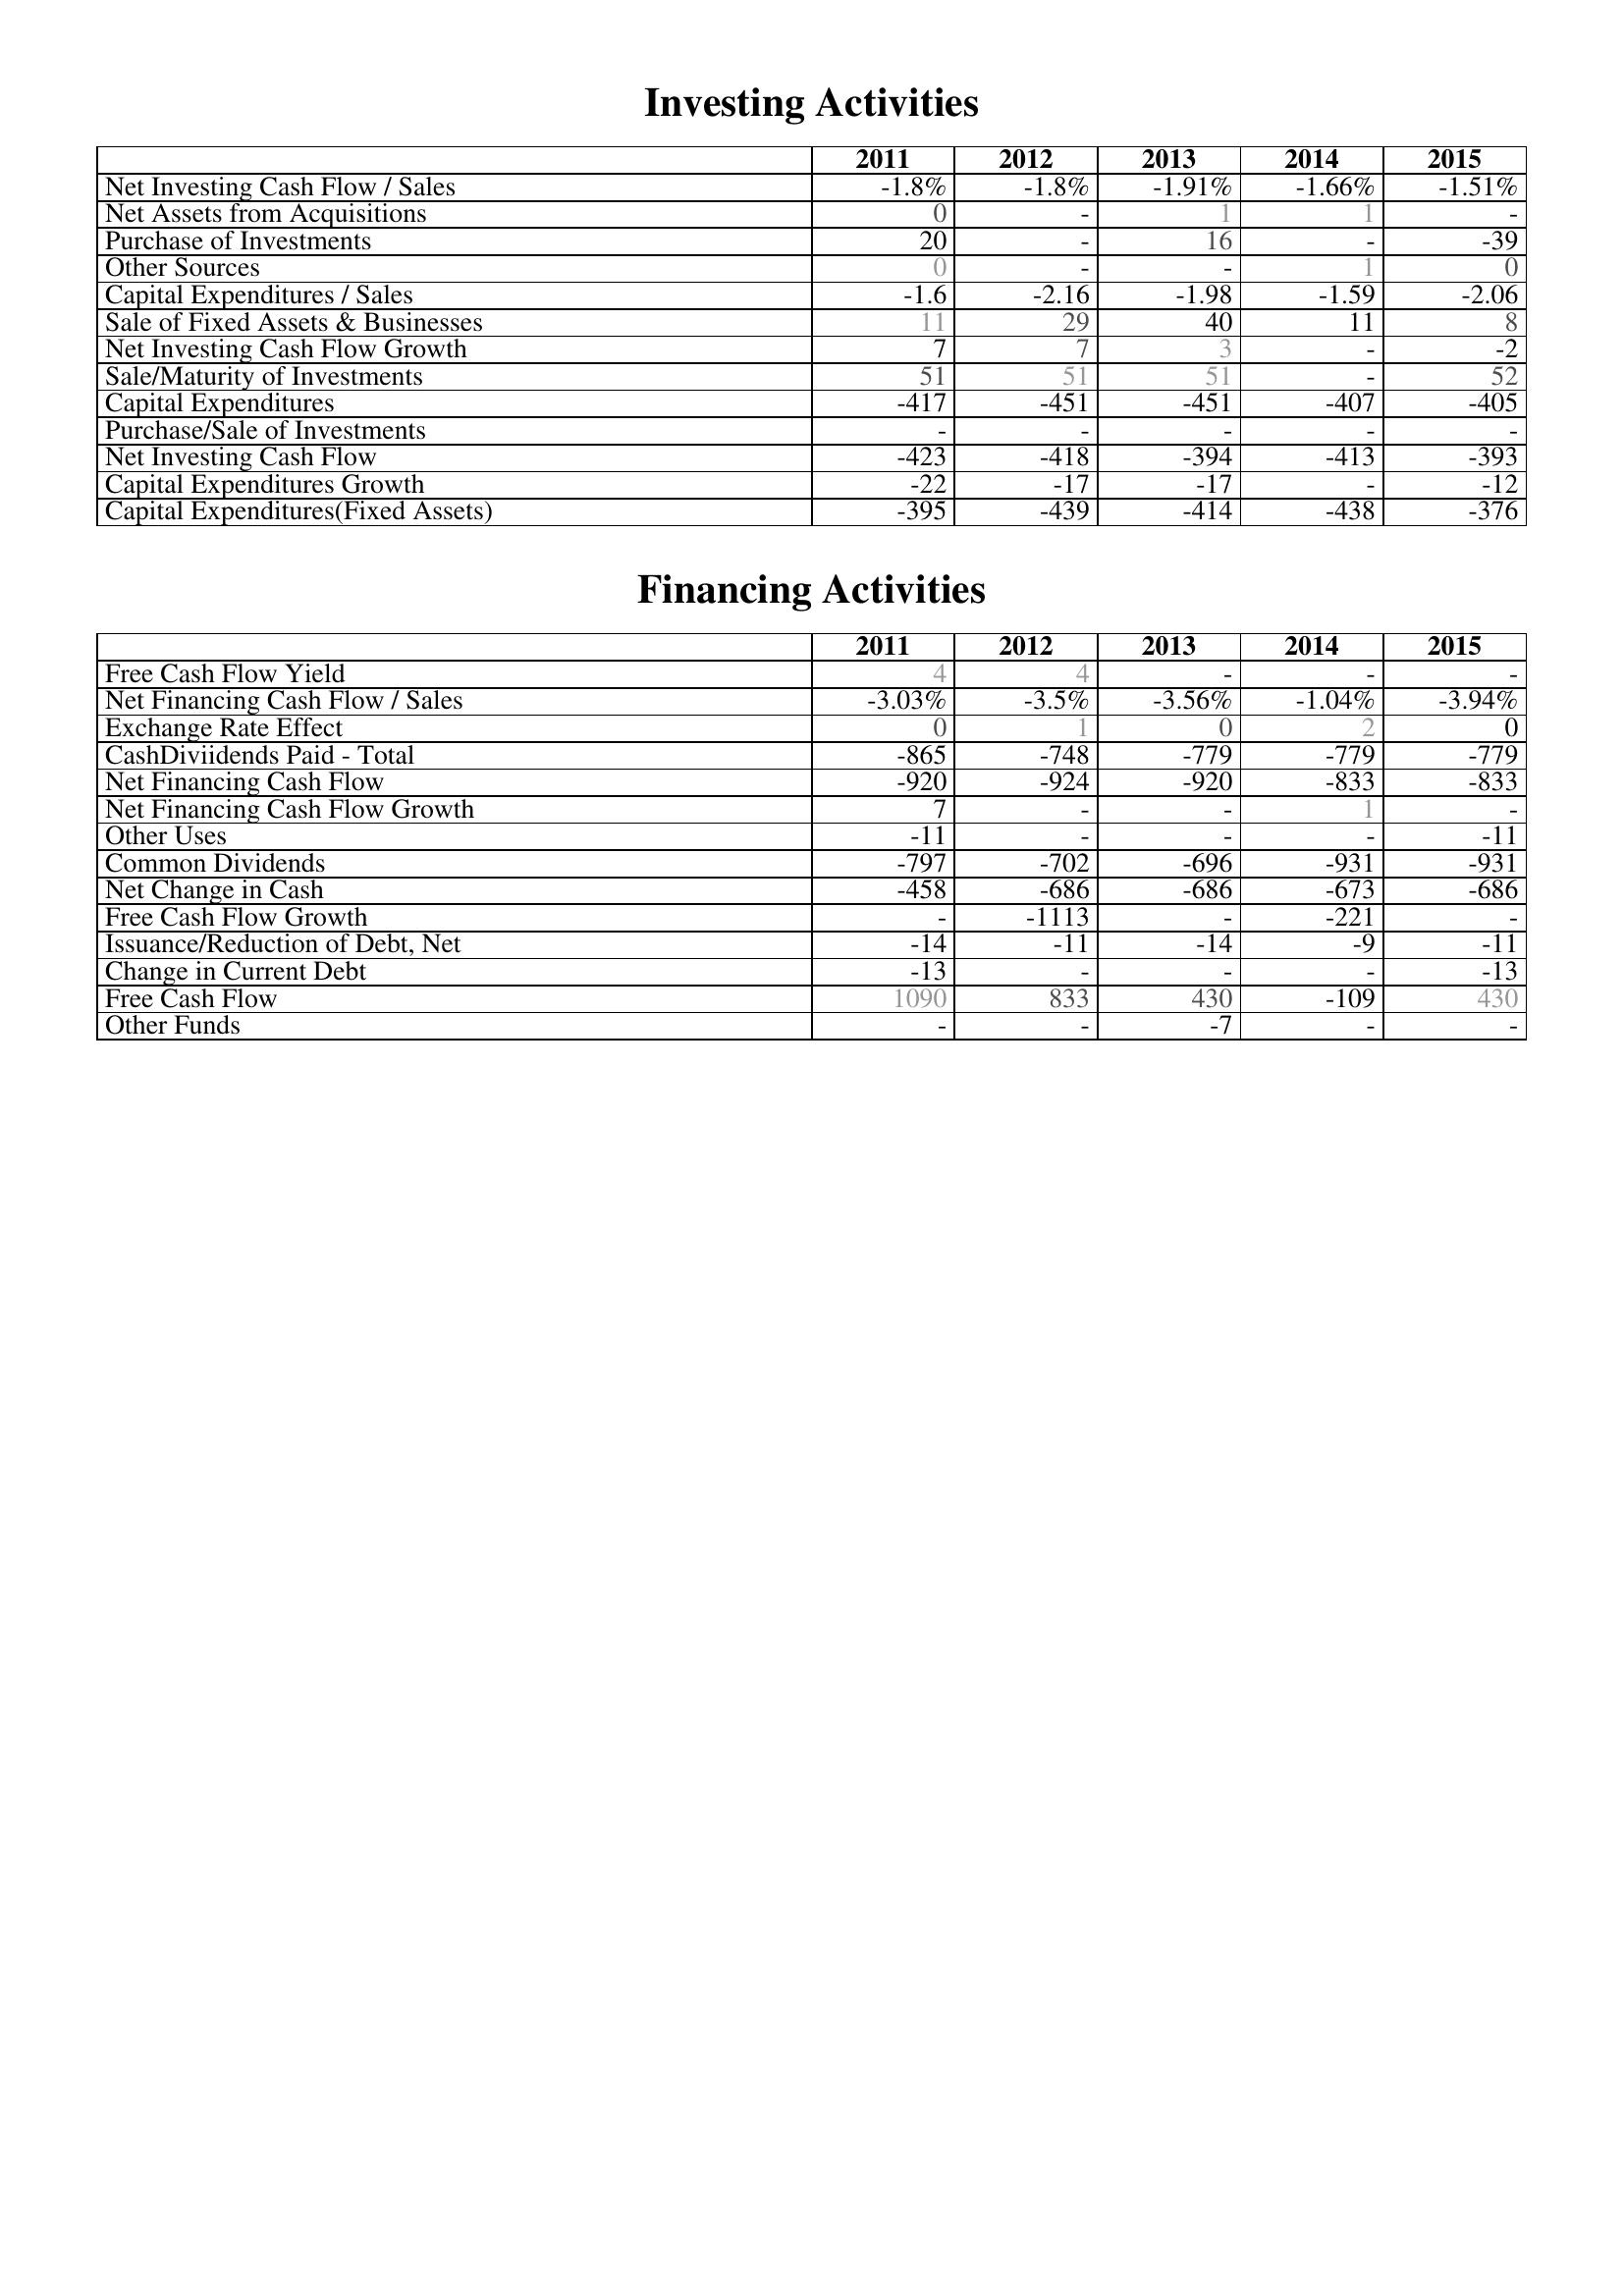
2011: Investing Activities: Net Investing Cash Flow / Sales: -1.8%
Net Assets from Acquisitions: 0
Purchase of Investments: 20
Other Sources: 0
Capital Expenditures / Sales: -1.6
Sale of Fixed Assets & Businesses: 11
Net Investing Cash Flow Growth: 7
Sale/Maturity of Investments: 51
Capital Expenditures: -417
Purchase/Sale of Investments: -
Net Investing Cash Flow: -423
Capital Expenditures Growth: -22
Capital Expenditures(Fixed Assets): -395
Financing Activities: Free Cash Flow Yield: 4
Net Financing Cash Flow / Sales: -3.03%
Exchange Rate Effect: 0
CashDiviidends Paid - Total: -865
Net Financing Cash Flow: -920
Net Financing Cash Flow Growth: 7
Other Uses: -11
Common Dividends: -797
Net Change in Cash: -458
Free Cash Flow Growth: -
Issuance/Reduction of Debt, Net: -14
Change in Current Debt: -13
Free Cash Flow: 1090
Other Funds: -
2012: Investing Activities: Net Investing Cash Flow / Sales: -1.8%
Net Assets from Acquisitions: -
Purchase of Investments: -
Other Sources: -
Capital Expenditures / Sales: -2.16
Sale of Fixed Assets & Businesses: 29
Net Investing Cash Flow Growth: 7
Sale/Maturity of Investments: 51
Capital Expenditures: -451
Purchase/Sale of Investments: -
Net Investing Cash Flow: -418
Capital Expenditures Growth: -17
Capital Expenditures(Fixed Assets): -439
Financing Activities: Free Cash Flow Yield: 4
Net Financing Cash Flow / Sales: -3.5%
Exchange Rate Effect: 1
CashDiviidends Paid - Total: -748
Net Financing Cash Flow: -924
Net Financing Cash Flow Growth: -
Other Uses: -
Common Dividends: -702
Net Change in Cash: -686
Free Cash Flow Growth: -1113
Issuance/Reduction of Debt, Net: -11
Change in Current Debt: -
Free Cash Flow: 833
Other Funds: -
2013: Investing Activities: Net Investing Cash Flow / Sales: -1.91%
Net Assets from Acquisitions: 1
Purchase of Investments: 16
Other Sources: -
Capital Expenditures / Sales: -1.98
Sale of Fixed Assets & Businesses: 40
Net Investing Cash Flow Growth: 3
Sale/Maturity of Investments: 51
Capital Expenditures: -451
Purchase/Sale of Investments: -
Net Investing Cash Flow: -394
Capital Expenditures Growth: -17
Capital Expenditures(Fixed Assets): -414
Financing Activities: Free Cash Flow Yield: -
Net Financing Cash Flow / Sales: -3.56%
Exchange Rate Effect: 0
CashDiviidends Paid - Total: -779
Net Financing Cash Flow: -920
Net Financing Cash Flow Growth: -
Other Uses: -
Common Dividends: -696
Net Change in Cash: -686
Free Cash Flow Growth: -
Issuance/Reduction of Debt, Net: -14
Change in Current Debt: -
Free Cash Flow: 430
Other Funds: -7
2014: Investing Activities: Net Investing Cash Flow / Sales: -1.66%
Net Assets from Acquisitions: 1
Purchase of Investments: -
Other Sources: 1
Capital Expenditures / Sales: -1.59
Sale of Fixed Assets & Businesses: 11
Net Investing Cash Flow Growth: -
Sale/Maturity of Investments: -
Capital Expenditures: -407
Purchase/Sale of Investments: -
Net Investing Cash Flow: -413
Capital Expenditures Growth: -
Capital Expenditures(Fixed Assets): -438
Financing Activities: Free Cash Flow Yield: -
Net Financing Cash Flow / Sales: -1.04%
Exchange Rate Effect: 2
CashDiviidends Paid - Total: -779
Net Financing Cash Flow: -833
Net Financing Cash Flow Growth: 1
Other Uses: -
Common Dividends: -931
Net Change in Cash: -673
Free Cash Flow Growth: -221
Issuance/Reduction of Debt, Net: -9
Change in Current Debt: -
Free Cash Flow: -109
Other Funds: -
2015: Investing Activities: Net Investing Cash Flow / Sales: -1.51%
Net Assets from Acquisitions: -
Purchase of Investments: -39
Other Sources: 0
Capital Expenditures / Sales: -2.06
Sale of Fixed Assets & Businesses: 8
Net Investing Cash Flow Growth: -2
Sale/Maturity of Investments: 52
Capital Expenditures: -405
Purchase/Sale of Investments: -
Net Investing Cash Flow: -393
Capital Expenditures Growth: -12
Capital Expenditures(Fixed Assets): -376
Financing Activities: Free Cash Flow Yield: -
Net Financing Cash Flow / Sales: -3.94%
Exchange Rate Effect: 0
CashDiviidends Paid - Total: -779
Net Financing Cash Flow: -833
Net Financing Cash Flow Growth: -
Other Uses: -11
Common Dividends: -931
Net Change in Cash: -686
Free Cash Flow Growth: -
Issuance/Reduction of Debt, Net: -11
Change in Current Debt: -13
Free Cash Flow: 430
Other Funds: -